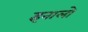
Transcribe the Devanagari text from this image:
इनालो